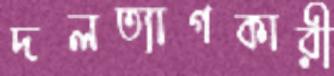
দলত্যাগকারী